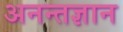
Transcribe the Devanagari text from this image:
अनन्तज्ञान